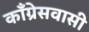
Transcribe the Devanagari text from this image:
काँग्रेसवासी